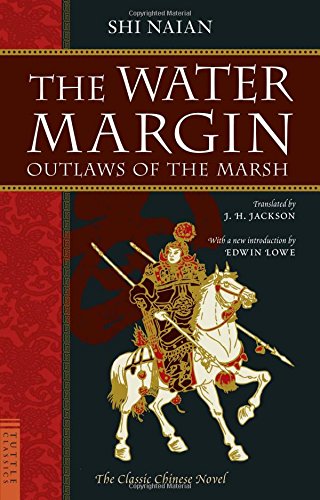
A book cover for The Water Margin: Outlaws of the Marsh: The Classic Chinese Novel (Tuttle Classics); Shi Naian; Literature & Fiction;